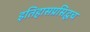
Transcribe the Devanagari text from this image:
इतिहासप्रसिद्धच